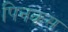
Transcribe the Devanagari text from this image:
पिनकस